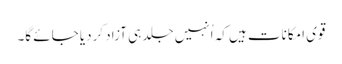
قوی امکانات ہیں کہ اُنہیں جلد ہی آزاد کردیا جائے گا۔